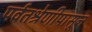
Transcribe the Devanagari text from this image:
पर्वतश्रेणीपासून